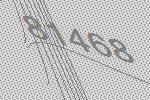
81468